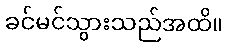
ခင်မင်သွားသည်အထိ။